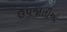
ઉપજાતીઓ